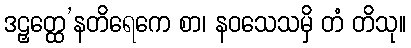
ဒဠှတ္ထေ’နတိရေကေ စာ၊ နဝသေသမှိ တံ တိသု။